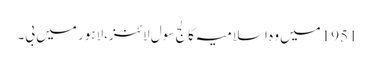
1951میں وہ اسلامیہ کالج سول لائنز،لاہور میں بی۔